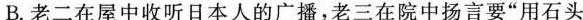
B.老二在屋中收听日本人的广播，老三在院中扬言要“用石头